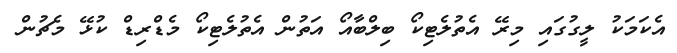
އެކަމަކު ލީގުގައި މިރޭ އެތުލެޓިކޯ ބިލްބާއޯ އަތުން އެތުލެޓިކޯ މެޑްރިޑް ކުޅޭ މެޗުން